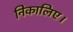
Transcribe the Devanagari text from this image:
निकालिए।